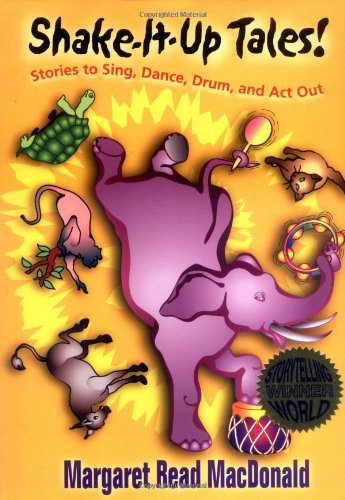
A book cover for Shake-It-Up Tales!; Margaret Read MacDonald; Literature & Fiction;